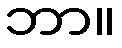
ဘာ။